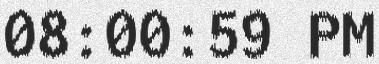
08:00:59 PM